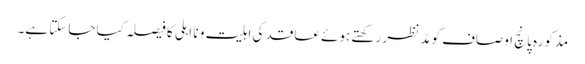
مذکورہ پانچ اوصاف کو مدِّ نظر رکھتے ہوئے عاقد کی اہلیت و نا اہلی کا فیصلہ کیا جاسکتا ہے۔